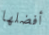
أفضلها